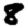
Digit: 8